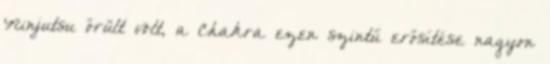
Ninjutsu őrült volt, a Chakra ezen szintű erősítése nagyon